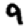
Digit: 9